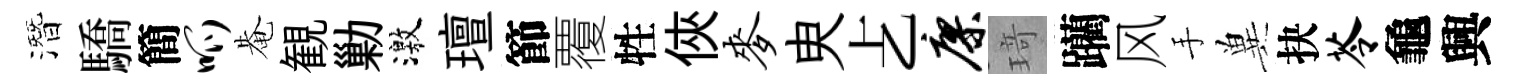
潛驕簡呱𤲅観勦激璮節覆牲俠麦㬰𠧒廖𤦺躪风手兾抉苓龜興